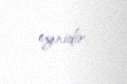
eynidir.